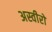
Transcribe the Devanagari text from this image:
अस्वीरों